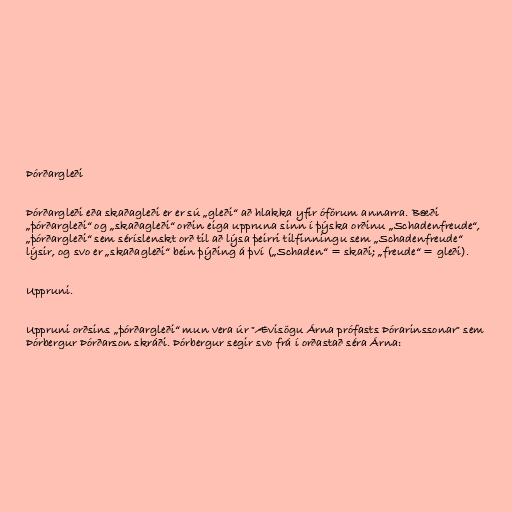
Þórðargleði

Þórðargleði eða skaðagleði er er sú „gleði“ að hlakka yfir óförum annarra. Bæði
„þórðargleði“ og „skaðagleði“ orðin eiga uppruna sinn í þýska orðinu „Schadenfreude“,
„þórðargleði“ sem séríslenskt orð til að lýsa þeirri tilfinningu sem „Schadenfreude“
lýsir, og svo er „skaðagleði“ bein þýðing á því („Schaden“ = skaði; „freude“ = gleði).

Uppruni.

Uppruni orðsins „þórðargleði“ mun vera úr "Ævisögu Árna prófasts Þórarinssonar" sem
Þórbergur Þórðarson skráði. Þórbergur segir svo frá í orðastað séra Árna: